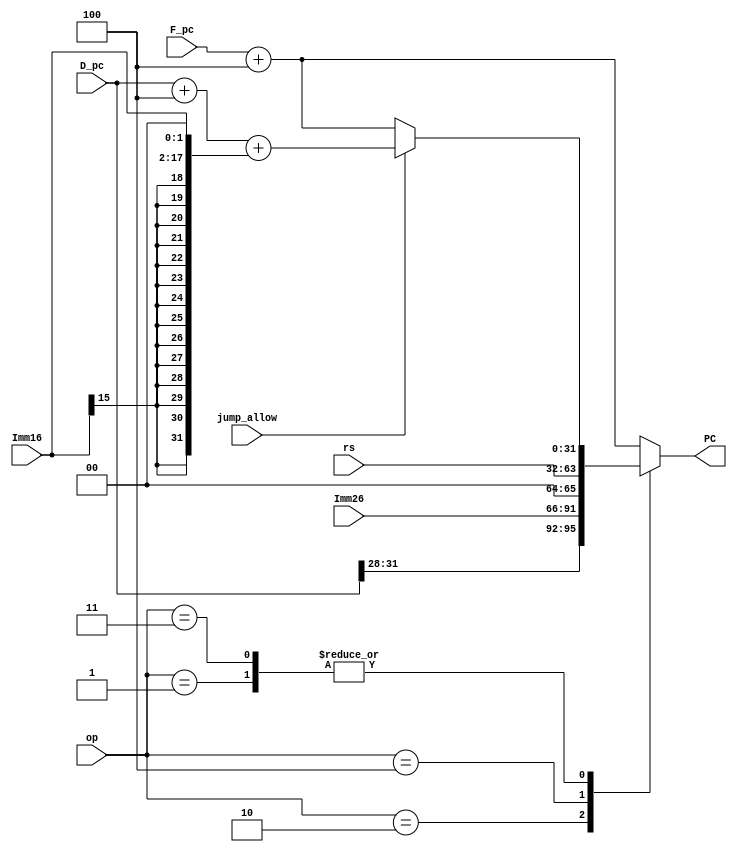
module NPC(
    input [31:0] D_pc,
    input [31:0] F_pc,
    input [2:0] op,
    input [15:0] Imm16,
    input [25:0] Imm26,
    input [31:0] rs,
    input jump_allow,

    output reg [31:0] PC
);

    parameter b = 3'b001;
    parameter j = 3'b010;
    parameter r = 3'b100;
    parameter c = 3'b011;
    always @(*) begin
        case (op)
            b: begin
                if(jump_allow)
                    PC = D_pc + 32'd4 + {{14{Imm16[15]}}, Imm16, 2'b00};
                else 
                    PC = F_pc + 32'd4;
            end
            j:
                PC = {D_pc[31:28], Imm26, 2'b00};
            r:
                PC = rs;
            c: begin
                if(jump_allow)
                    PC = D_pc + 32'd4 + {{14{Imm16[15]}}, Imm16, 2'b00};        //According to request
                else 
                    PC = F_pc + 32'd4;
            end
            default:
                PC = F_pc + 32'd4;
        endcase
    end
endmodule